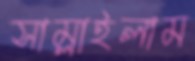
সাম্‌লাইলাম